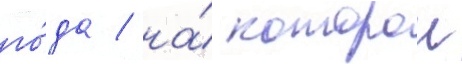
го́да / на́ которои